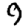
Digit: 9